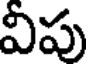
విపు